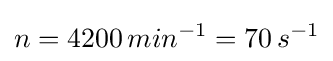
n=4200\,{min}^{-1}=70\,s^{-1}